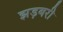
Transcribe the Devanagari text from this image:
झड़बरी